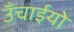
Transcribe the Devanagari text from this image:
उँचाईयो